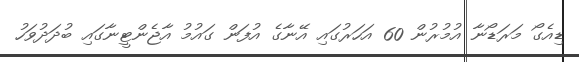
ޑިއެގޯ މަރަޑޯނާ އުމުރުން 60 އަހަރުގައި އޭނާގެ އުފަން ގައުމު އާޖެންޓީނާގައި ބުދަދުވަހު